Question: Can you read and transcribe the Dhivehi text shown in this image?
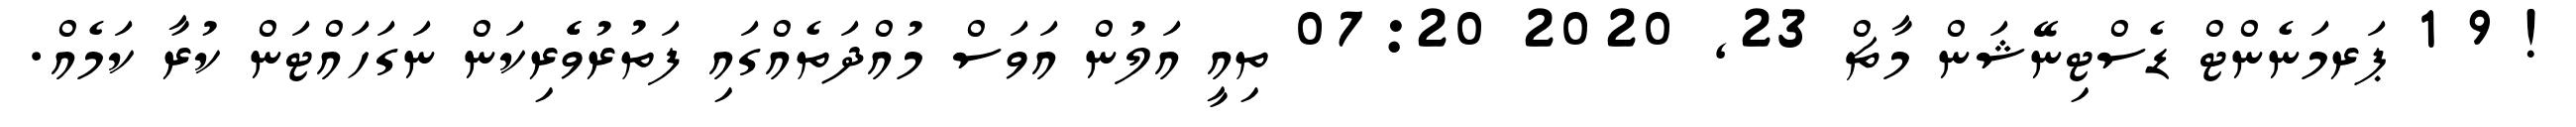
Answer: ! 9 1 ޕަރމަނެންޓް ޑެސްޓިނޭޝަން މާޗް 23, 2020 07:20 ތިއީ އަލުން އަވަސް މުއްދަތެއްގައި ފަތުރުވެެރިކަން ނަގަހައްޓަން ކުރާ ކަމެއް.